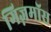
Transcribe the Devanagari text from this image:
गिज़मॉस